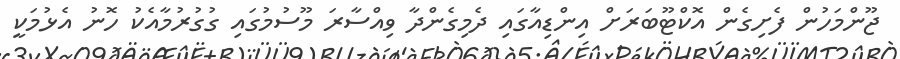
ޖޫންމަހުން ފެށިގެން އޮކްޓޫބަރަށް އިންޑިއާގައި ދެމިގެންދާ ވިއްސާރަ މޫސުމުގައި ގުގުރުމާއެކު ހޮނު އެޅުމަކީ